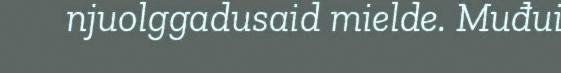
njuolggadusaid mielde. Muđui